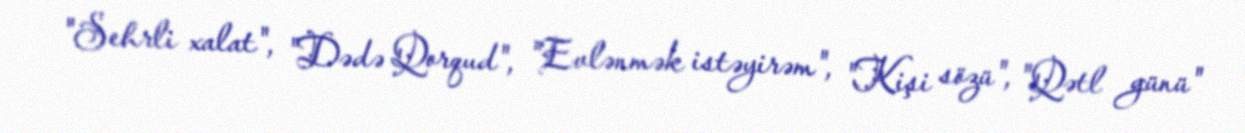
"Sehrli xalat", "Dədə Qorqud", "Evlənmək istəyirəm", "Kişi sözü", "Qətl günü"